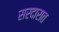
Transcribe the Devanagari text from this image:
सरदारात